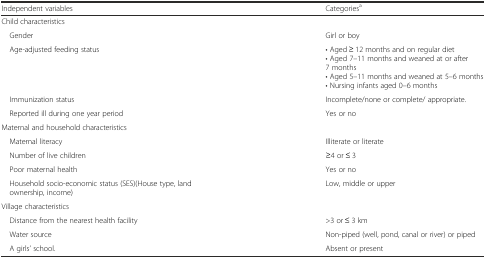
<table><thead><tr><td><b>Independent variables</b></td><td><b>Categories<sup>a</sup></b></td></tr></thead><tbody><tr><td colspan="2">Child characteristics</td></tr><tr><td> Gender</td><td>Girl or boy</td></tr><tr><td> Age-adjusted feeding status</td><td>• Aged ≥ 12 months and on regular diet• Aged 7–11 months and weaned at or after 7 months• Aged 5–11 months and weaned at 5–6 months• Nursing infants aged 0–6 months</td></tr><tr><td> Immunization status</td><td>Incomplete/none or complete/ appropriate.</td></tr><tr><td> Reported ill during one year period</td><td>Yes or no</td></tr><tr><td colspan="2">Maternal and household characteristics</td></tr><tr><td> Maternal literacy</td><td>Illiterate or literate</td></tr><tr><td> Number of live children</td><td>≥4 or ≤ 3</td></tr><tr><td> Poor maternal health</td><td>Yes or no</td></tr><tr><td> Household socio-economic status (SES)(House type, land ownership, income)</td><td>Low, middle or upper</td></tr><tr><td colspan="2">Village characteristics</td></tr><tr><td> Distance from the nearest health facility</td><td>&gt;3 or ≤ 3 km</td></tr><tr><td> Water source</td><td>Non-piped (well, pond, canal or river) or piped</td></tr><tr><td> A girls’ school.</td><td>Absent or present</td></tr></tbody></table>